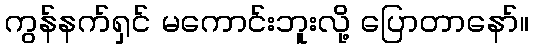
ကွန်နက်ရှင် မကောင်းဘူးလို့ ပြောတာနော်။